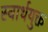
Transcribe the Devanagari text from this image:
स्वार्थयुक्त